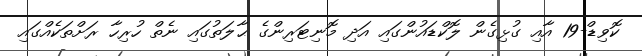
ކޮވިޑް-19 އާއި ގުޅިގެން ލޮކްޑައުންގައި އަދި މޮނިޓަރިންގެ ޙާލަތުގައި ނެތް ހުރިހާ ރަށްތަކެއްގައި